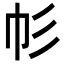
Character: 𢁘